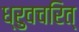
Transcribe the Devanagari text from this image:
ध्रुवचरित्